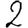
Digit: 2